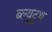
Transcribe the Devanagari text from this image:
ब्ल्यूटुथ